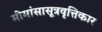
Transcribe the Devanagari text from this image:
मीमांसासूत्रवृत्तिकार